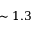
\sim 1 . 3